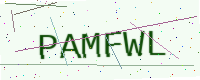
Text: PAMFWL